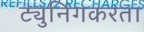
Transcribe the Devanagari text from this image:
ट्युनिंगकरता